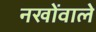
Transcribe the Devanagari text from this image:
नखोंवाले